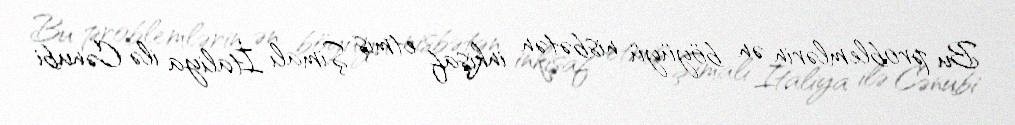
Bu problemlərin ən böyüyü nisbətən inkişaf etmiş Şimalı İtaliya ilə Cənubi